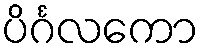
ပိင်္ဂလကော